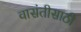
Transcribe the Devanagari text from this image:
वासंतीसाठी